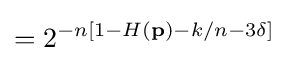
=2^{-n\left[1-H\left(\mathbf {p} \right)-k/n-3\delta \right]}